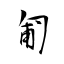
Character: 匍